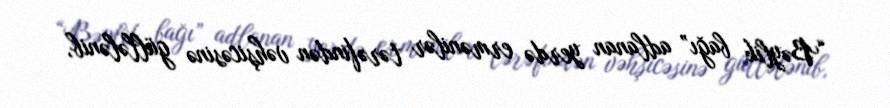
“Bəylik bağı” adlanan yerdə ermənilər tərəfindən vəhşicəsinə güllələnib,